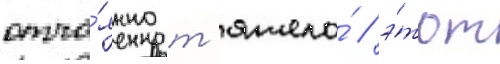
отча́янно т'яжело́ / э́тот